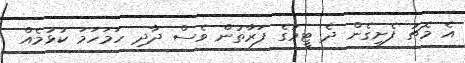
އެ މެޗު ފެށިގެން ދެ ޓީމުގެ ފަރާތުން ވެސް ދާދި ހަމަހަމަ ކުޅުމެއް